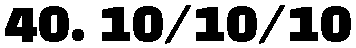
40. 10/10/10